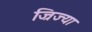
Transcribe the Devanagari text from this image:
ज्रिज्या